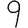
Digit: 9